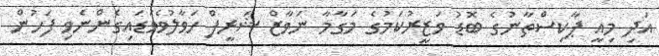
އަދި މިއީ ޕާކިސްތާނުގެ ބޮޑު ވަޒީރުކަމުގެ މަގާމާ ނަވާޒް ޝަރީފް ހަވާލުވެވަޑައިގެންނެވި ފަހުން